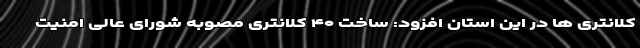
کلانتری ها در این استان افزود: ساخت ۴۰ کلانتری مصوبه شورای عالی امنیت